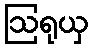
ဩရုယှ